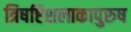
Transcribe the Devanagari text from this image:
त्रिषष्टिशलाकापुरुष